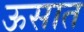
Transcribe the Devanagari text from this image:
ऊसात